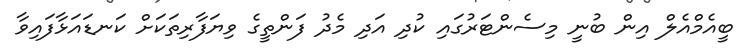
ބީއެމްއެލް އިން ބުނީ މިސެންޓަރުގައި ކުދި އަދި މެދު ފަންތީގެ ވިޔަފާރިތަކަށް ކަނޑައަޅާފައިވާ